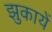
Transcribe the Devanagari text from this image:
झुकायें